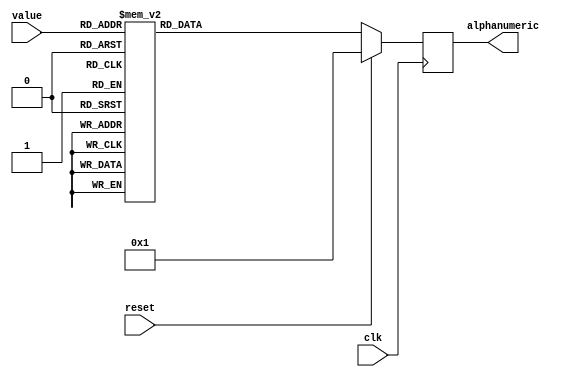
module seven_seg_B(value, clk, reset, alphanumeric);
  input [3:0] value; // 4 bit binary code to map to a corresponding digit or numerical representation
  input clk, reset;
  output [5:0] alphanumeric;
  reg [5:0] alphanumeric;
  
  always @ (posedge clk) begin
    if (reset) begin
      alphanumeric = 1; // active low
    end
    else begin
    case (value)
      4'b0000  :  alphanumeric <=   6'b000001;  // 0
      4'b0001  :  alphanumeric <=   6'b000010;  // 1
      4'b0010  :  alphanumeric <=   6'b001001;  // 2
      4'b0011  :  alphanumeric <=   6'b001001;  // 3
      4'b0100  :  alphanumeric <=   6'b010001;  // 4
      4'b0101  :  alphanumeric <=   6'b000001;  // 5
      4'b0110  :  alphanumeric <=   6'b000001;  // 6
      4'b0111  :  alphanumeric <=   6'b000001;  // 7
      4'b1000  :  alphanumeric <=   6'b010001;  // 8
      4'b1001  :  alphanumeric <=   6'b000001;  // 9
      4'b1010  :  alphanumeric <=   6'b000001;  // A
      4'b1011  :  alphanumeric <=   6'b000001;  // b
      4'b1100  :  alphanumeric <=   6'b000001;  // C
      4'b1101  :  alphanumeric <=   6'b000001;  // d
      4'b1110  :  alphanumeric <=   6'b000000;  // E
      4'b1111  :  alphanumeric <=   6'b000001;  // F
      //default  :  alphanumeric <=   6'b111111;  // All off
    endcase
    end
    
  end
  
  
endmodule